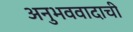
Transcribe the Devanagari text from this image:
अनुभववादाची